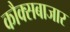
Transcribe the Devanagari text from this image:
कौक्सबाजार